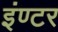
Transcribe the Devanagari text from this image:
इंण्टर